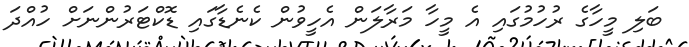
ބަލި މީހާގެ ރުހުމުގައި އެ މީހާ މަރާލަން އެހީވުން ކެނެޑާގައި ޑޮކްޓަރުންނަށް ހުއްދަ